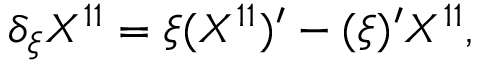
\delta _ { \xi } X ^ { 1 1 } = \xi ( X ^ { 1 1 } ) ^ { \prime } - ( \xi ) ^ { \prime } X ^ { 1 1 } ,